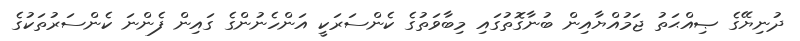
ދުނިޔޭގެ ޞިއްޙަތު ޖަމުއްޔާއިން ބުނާގޮތުގައި މިބާވަތުގެ ކެންސަރަކީ އަންހެނުންގެ ގައިން ފެންނަ ކެންސަރުތަކުގެ